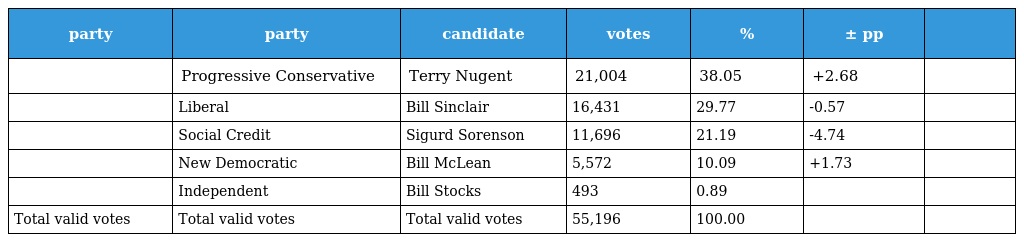
| party | party | candidate | votes | % | ± pp |  |
 | --- | --- | --- | --- | --- | --- | --- |
 |  | Progressive Conservative | Terry Nugent | 21,004 | 38.05 | +2.68 |  |
 |  | Liberal | Bill Sinclair | 16,431 | 29.77 | -0.57 |  |
 |  | Social Credit | Sigurd Sorenson | 11,696 | 21.19 | -4.74 |  |
 |  | New Democratic | Bill McLean | 5,572 | 10.09 | +1.73 |  |
 |  | Independent | Bill Stocks | 493 | 0.89 |  |  |
 | Total valid votes | Total valid votes | Total valid votes | 55,196 | 100.00 |  |  |